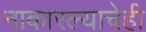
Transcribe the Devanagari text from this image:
नाकारल्याचेही